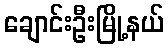
ချောင်းဦးမြို့နယ်